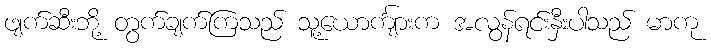
ဖျက်ဆီးဘို့ တွက်ချက်ကြသည် သူ့ယောင်္ကျားက အလွန်ရင်းနှီးပါသည် မာကု